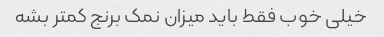
خیلی خوب فقط باید میزان نمک برنج کمتر بشه